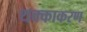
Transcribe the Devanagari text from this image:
थक्काकरण